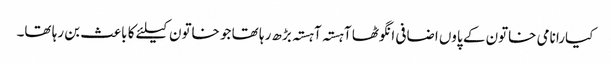
کیارا نامی خاتون کے پاوں اضافی انگوٹھا آہستہ آہستہ بڑھ رہا تھا جو خاتون کیلئے کا باعث بن رہا تھا۔